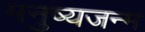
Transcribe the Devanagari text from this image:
मनुष्यजन्म